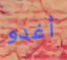
أغدو